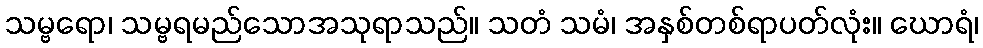
သမ္ဗရော၊ သမ္ဗရမည်သောအသုရာသည်။ သတံ သမံ၊ အနှစ်တစ်ရာပတ်လုံး။ ဃောရံ၊